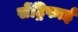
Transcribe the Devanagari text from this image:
सेंट्रिफाई